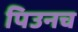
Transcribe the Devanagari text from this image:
पिउनच